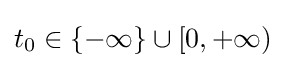
t_{0}\in \{-\infty \}\cup [0,+\infty )